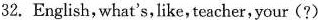
32.English，what's，like,teacher，your (?)